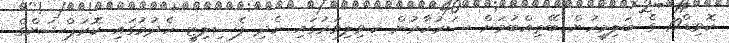
ކޮވިޑް19 ގެ ބަލިމީހުން ބޭތިއްބުމަށް ސަރުކާރުން ކ.ވިލިވަރުގައި ހެދި ފެސިލިޓީ ހެދުމުގައި ކޮރަޕްޝަންގެ